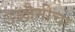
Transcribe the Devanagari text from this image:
उज्जैनीचा